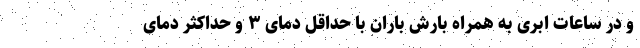
و در ساعات ابری به همراه بارش باران با حداقل دمای ۳ و حداکثر دمای